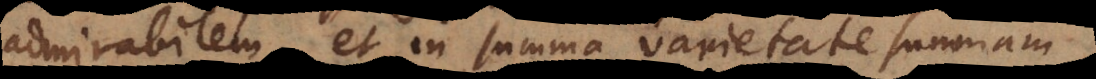
admirabilem, et in summa varietate summam